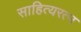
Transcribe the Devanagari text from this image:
साहित्यरत्‍न